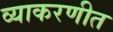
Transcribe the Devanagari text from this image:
व्याकरणीत